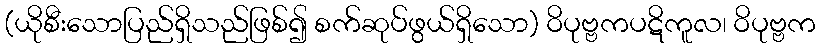
(ယိုစီးသောပြည်ရှိသည်ဖြစ်၍ စက်ဆုပ်ဖွယ်ရှိသော) ဝိပုဗ္ဗကပဋိကူလ၊ ဝိပုဗ္ဗက